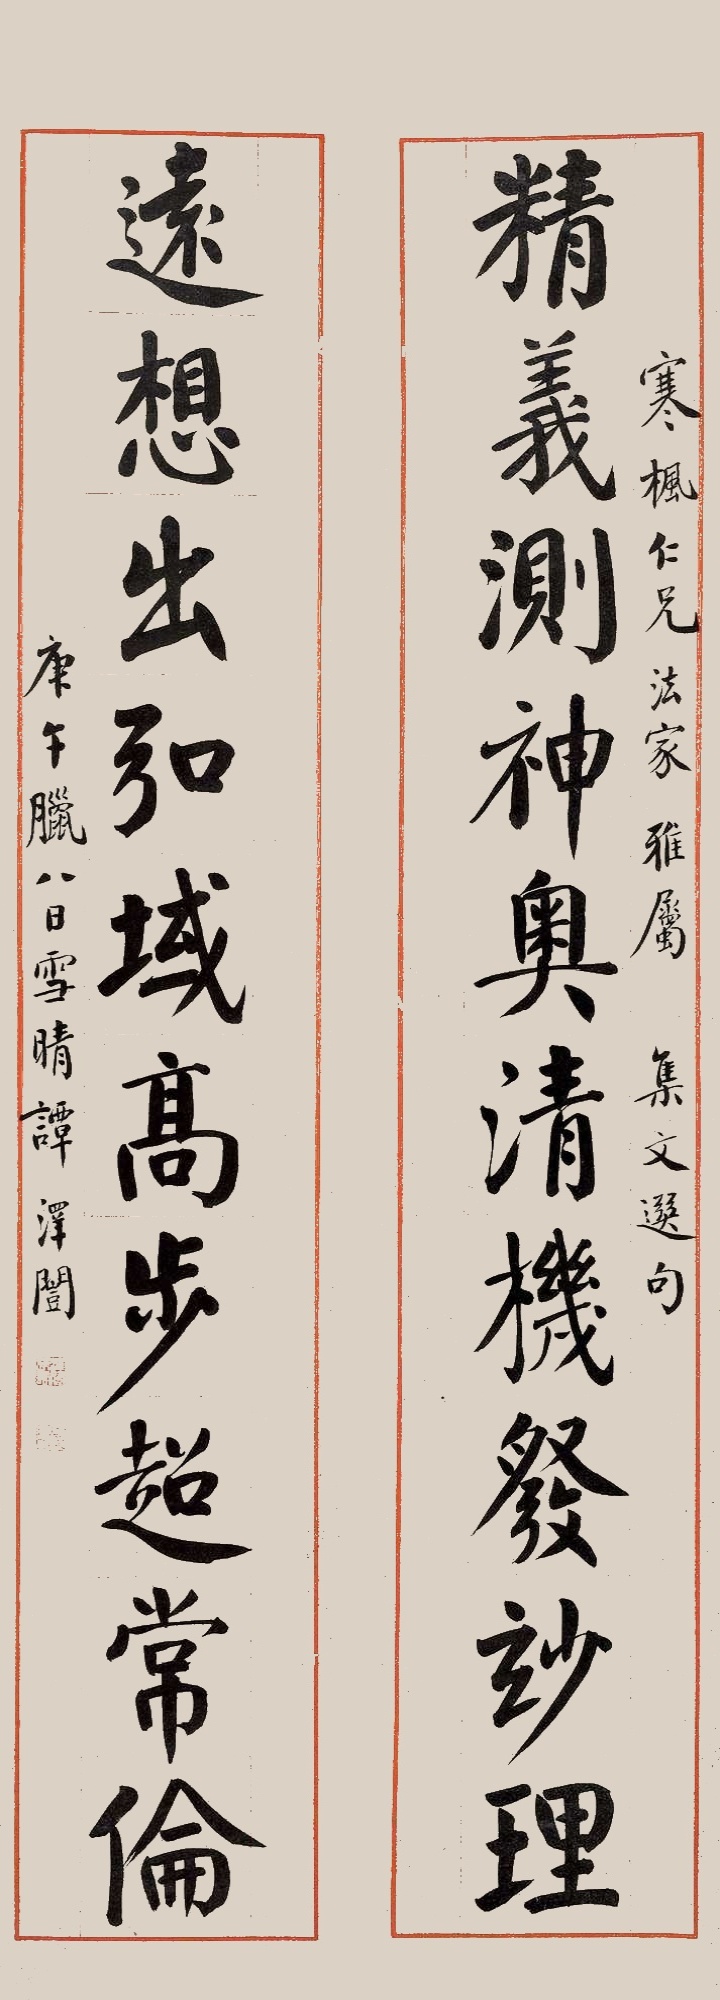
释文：精义测神奥清机发妙理，远想出弘域高步超常伦。寒枫仁兄法家雅属，集文选句，庚午腊八日雪晴谭泽闿。